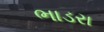
ભાડરા